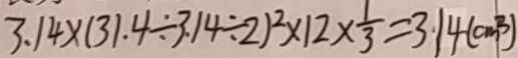
3 . 1 4 \times ( 3 1 . 4 \div 3 . 1 4 \div 2 ) ^ { 2 } \times 1 2 \times \frac { 1 } { 3 } = 3 . 1 4 ( c m ^ { 3 } )